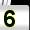
Digit: 5